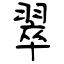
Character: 翠